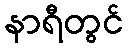
နာရီတွင်